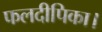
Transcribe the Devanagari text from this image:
फलदीपिका।